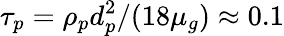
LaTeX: \tau_{p}=\rho_{p}d_{p}^{2}/(18\mu_{g})\approx 0.1